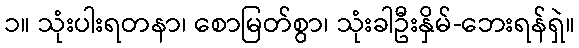
၁။ သုံးပါးရတနာ၊ စောမြတ်စွာ၊ သုံးခါဦးနှိမ်-ဘေးရန်ရှဲ။